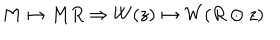
M \mapsto M R \Rightarrow W ( z ) \mapsto W ( R \odot z )